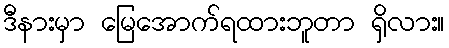
ဒီနားမှာ မြေအောက်ရထားဘူတာ ရှိလား။